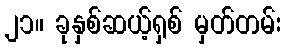
၂၁။ ခုနှစ်ဆယ့်ရှစ် မှတ်တမ်း